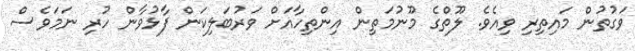
ވަގުތުން މައިތިރި ވިއެވެ. ލޫތްގެ މޫނުމަތިން އިންތިހާއަށް ވަރުބަލިކަން ފާޅުވާން ހުރި ނަމަވެސް